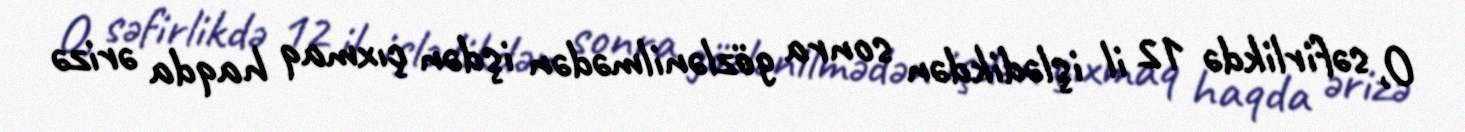
O, səfirlikdə 12 il işlədikdən sonra gözlənilmədən işdən çıxmaq haqda ərizə